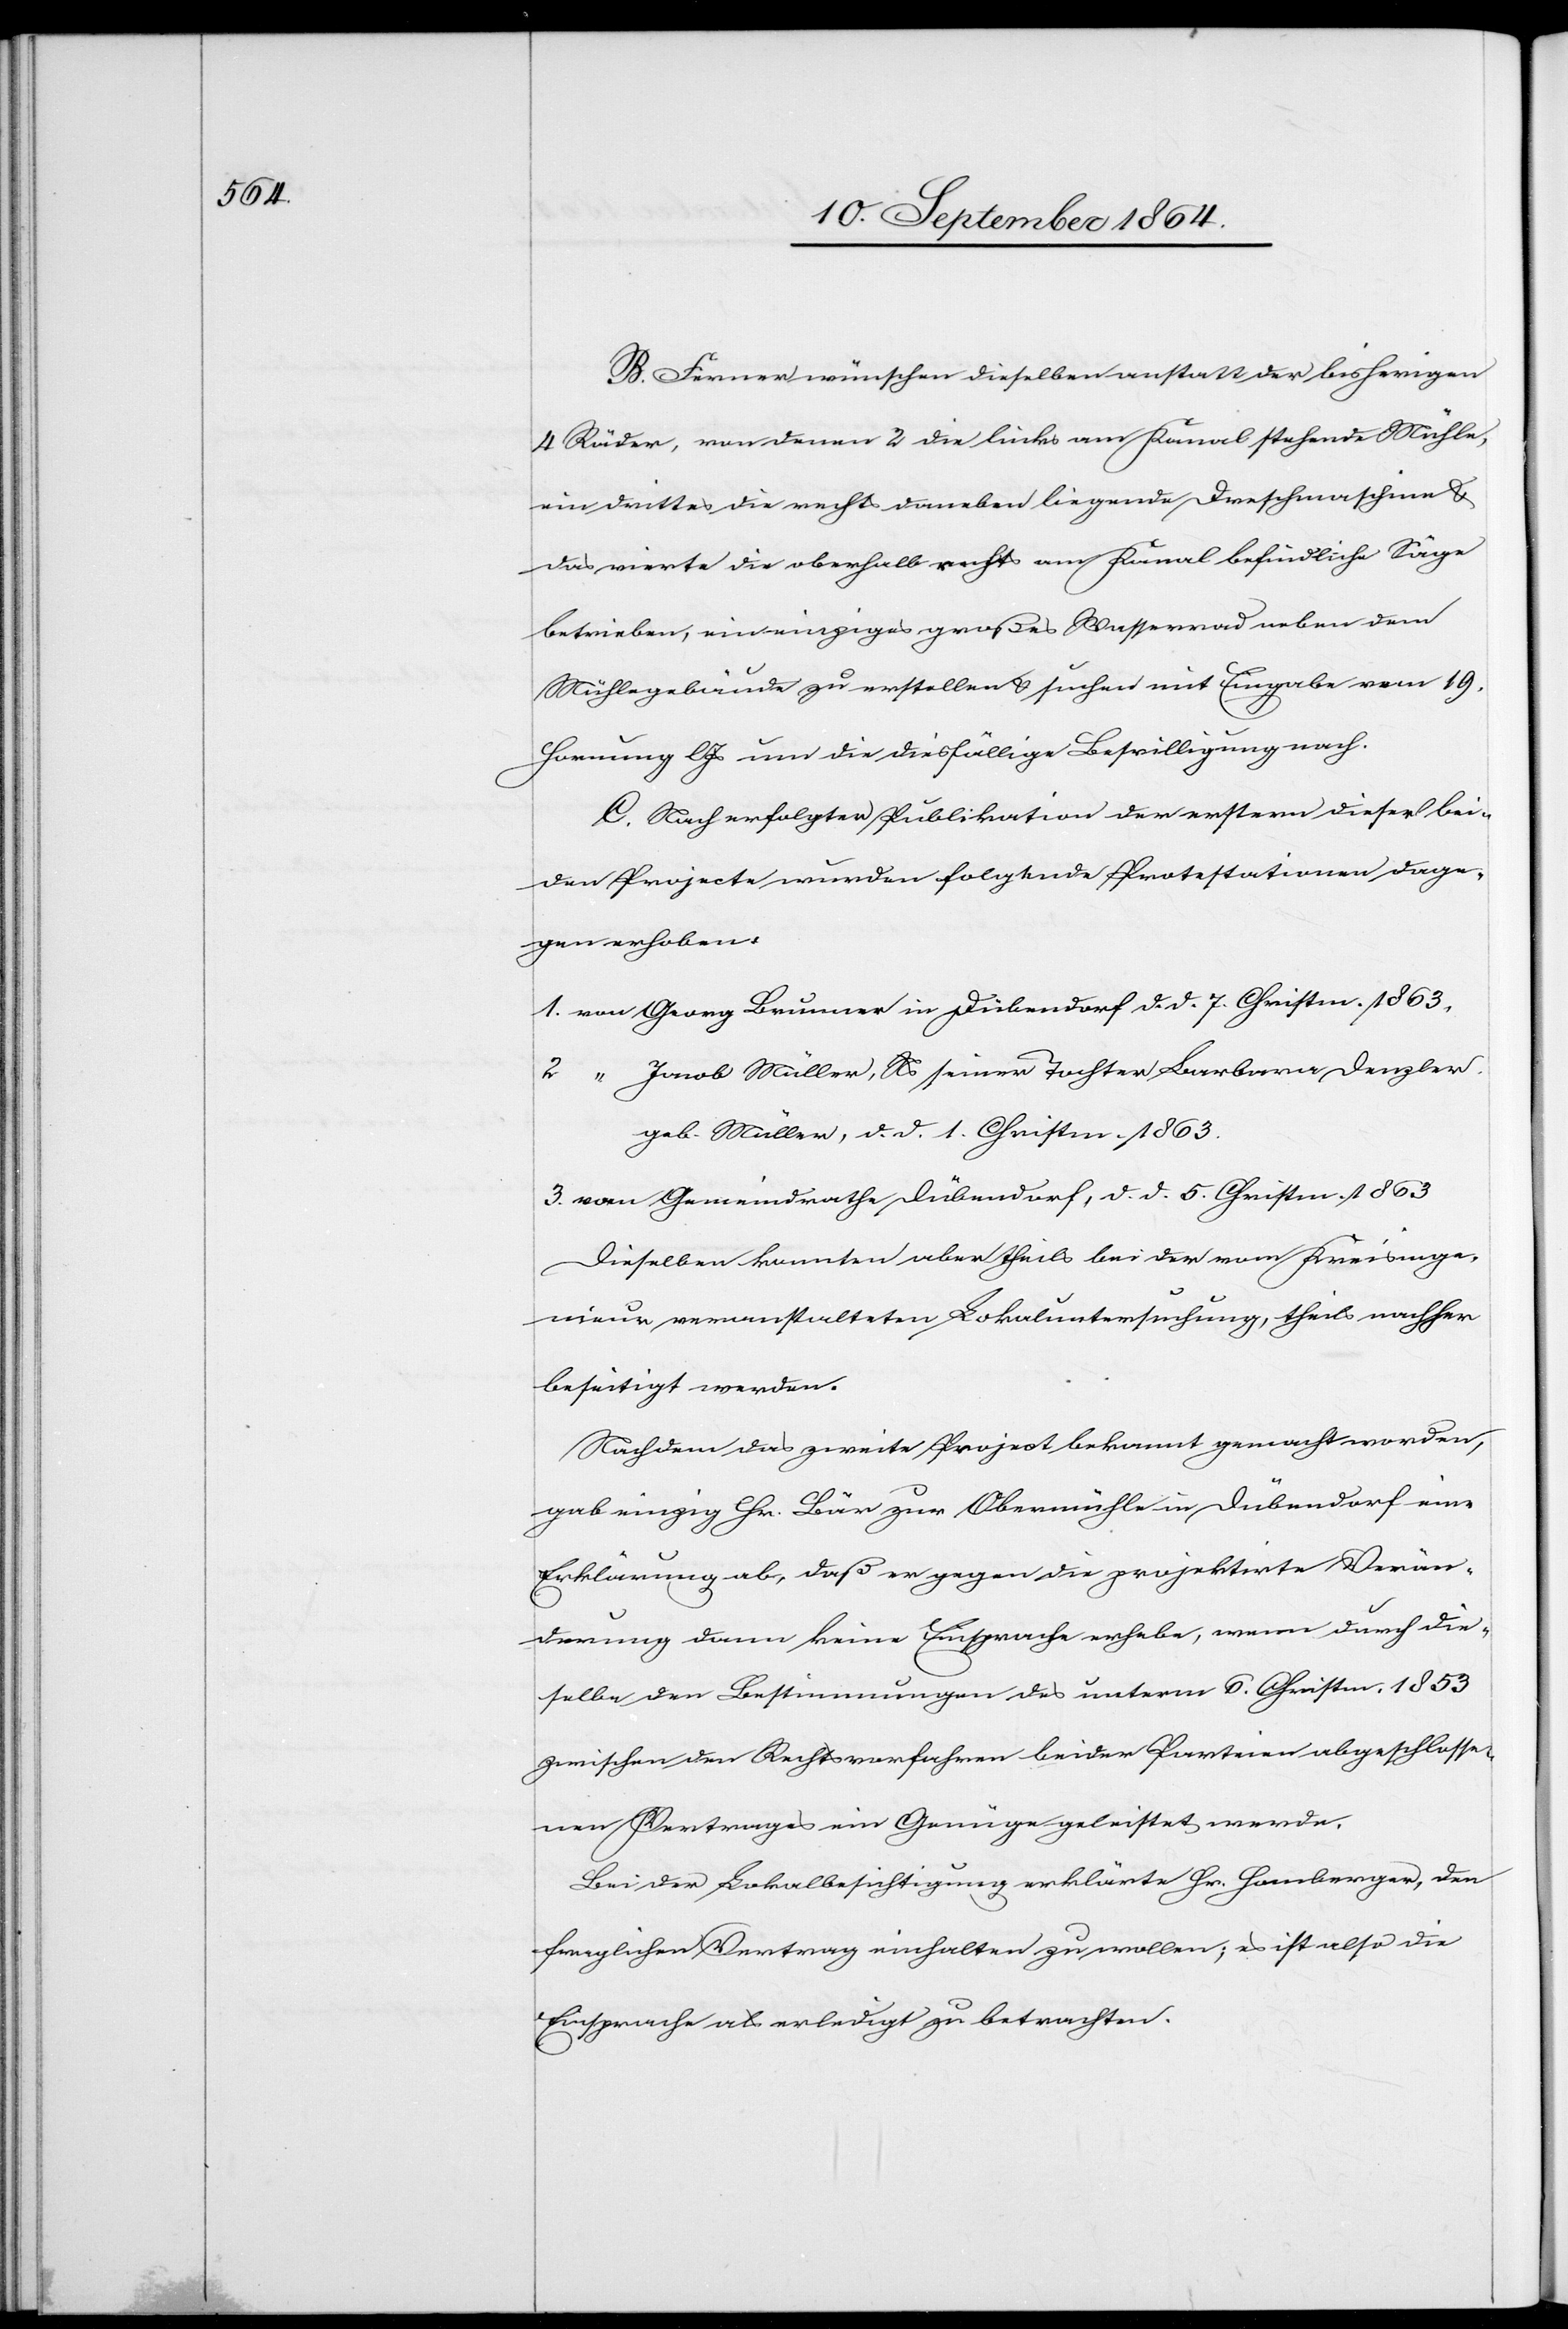
B. Ferner wünschen dieselben anstatt der bisherigen
4 Räder, von denen 2 die links am Kanal stehende Mühle,
ein drittes die rechts daneben liegende Dreschmaschine &
das vierte die oberhalb rechts am Kanal befindliche Säge
betrieben, ein einziges großes Wasserrad neben dem
Mühlegebäude zu erstellen & suchen mit Eingabe vom 19.
Hornung l. Js um die diesfällige Bewilligung nach.
C. Nach erfolgter Publikation der erstern dieser bei¬
den Projecte wurden folgende Protestationen dage¬
gen erhoben:
1.	von Georg Brunner in Dübendorf d. d. 7. Christm. 1863,
2.	 “ Jacob Müller, Ns seiner Tochter Barbara Denzler,
geb. Müller, d. d. 1. Christm. 1863.
3.	vom Gemeindrathe Dübendorf, d. d. 5. Christm. 1863
Dieselben konnten aber theils bei der vom Kreisinge¬
nieur veranstalteten Lokaluntersuchung, theils nachher
beseitigt werden.
Nachdem das zweite Project bekannt gemacht worden,
gab einzig Hr. Bär zur Obermühle in Dübendorf eine
Erklärung ab, daß er gegen die projektirte Verän¬
derung dann keine Einsprache erhebe, wenn durch die¬
selbe den Bestimmungen des unterm 6. Christm. 1853
zwischen den Rechtsvorfahren beider Parteien abgeschlosse¬
nen Vertrages ein Genüge geleistet werde.
Bei der Lokalbesichtigung erklärte Hr. Homberger, den
fraglichen Vertrag einhalten zu wollen; es ist also die
Einsprache als erledigt zu betrachten.